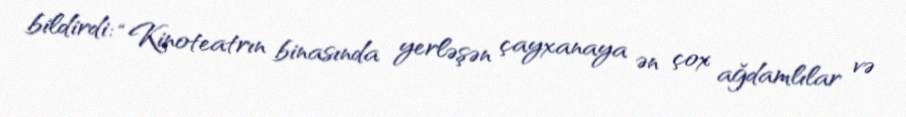
bildirdi: “Kinoteatrın binasında yerləşən çayxanaya ən çox ağdamlılar və